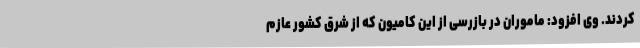
کردند. وی افزود: ماموران در بازرسی از این کامیون که از شرق کشور عازم